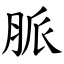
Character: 脈